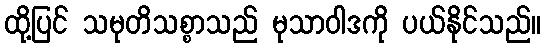
ထို့ပြင် သမုတိသစ္စာသည် မုသာဝါဒကို ပယ်နိုင်သည်။